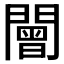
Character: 𨶍